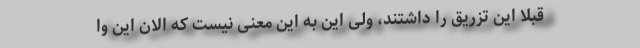
قبلا این تزریق را داشتند، ولی این به این معنی نیست که الان این وا